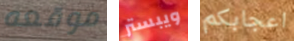
موقعه ويبستر اعجابكم